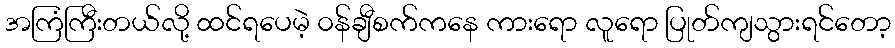
အကြံကြီးတယ်လို့ ထင်ရပေမဲ့ ၀န်ချီစက်ကနေ ကားရော လူရော ပြုတ်ကျသွားရင်တော့